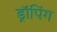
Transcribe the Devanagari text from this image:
ड्रॉपिंग